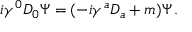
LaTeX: i \gamma ^ { 0 } D _ { 0 } \Psi = ( - i \gamma ^ { a } D _ { a } + m ) \Psi \, .